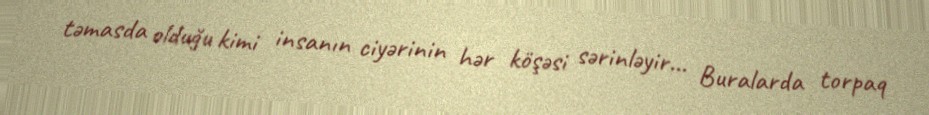
təmasda olduğu kimi insanın ciyərinin hər köşəsi sərinləyir... Buralarda torpaq